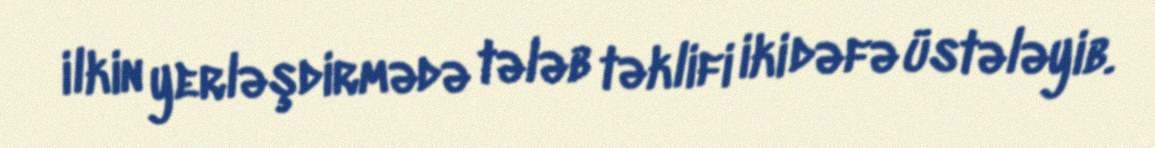
ilkin yerləşdirmədə tələb təklifi iki dəfə üstələyib.